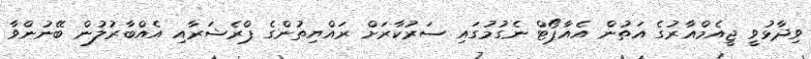
ވިދާޅުވީ ޖީއެމްއާރުގެ އަތުން އެއާޕޯޓް ނެގުމުގައި ސަރުކާރަށް ރައްޔިތުންގެ ޕްރެޝަރާއި އެއްބާރުލުން ބޭނުންވާ